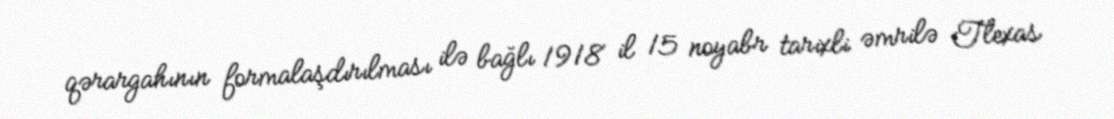
qərargahının formalaşdırılması ilə bağlı 1918 il 15 noyabr tarixli əmrilə Tlexas